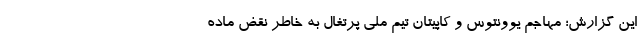
این گزارش؛ مهاجم یوونتوس و کاپیتان تیم ملی پرتغال به خاطر نقض ماده